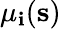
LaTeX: \mu_{\mathbf{i}}(\mathbf{{s}})